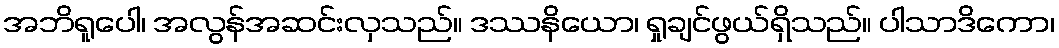
အဘိရူပေါ၊ အလွန်အဆင်းလှသည်။ ဒဿနိယော၊ ရှုချင်ဖွယ်ရှိသည်။ ပါသာဒိကော၊